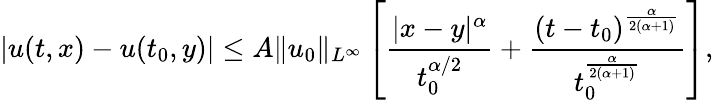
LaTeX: |u(t,x)-u(t_{0},y)|\leq A\| u_{0}\| _{L^{\infty}}\left[\frac{|x-y|^{\alpha}}{t_{0}^{\alpha/2}}+\frac{(t-t_{0})^{\frac{\alpha}{2(\alpha+1)}}}{t_{0}^{\frac{\alpha}{2(\alpha+1)}}}\right],